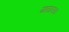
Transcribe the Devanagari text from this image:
गाठायच